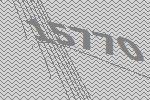
15770